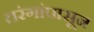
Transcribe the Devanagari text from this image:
तरंगांपासून